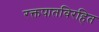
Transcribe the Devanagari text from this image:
रक्तपातविरहित